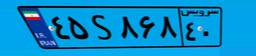
۴۵S۸۶۸۴۰